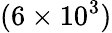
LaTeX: (6\times 10^{3})